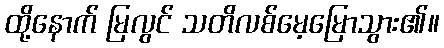
ထို့နောက် မြလွင် သတိလစ်မေ့မြောသွား၏။